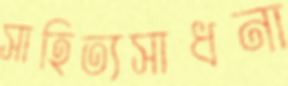
সাহিত্যসাধনা